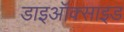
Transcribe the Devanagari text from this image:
डाइऑक्‍साइड